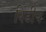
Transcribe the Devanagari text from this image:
विडीच